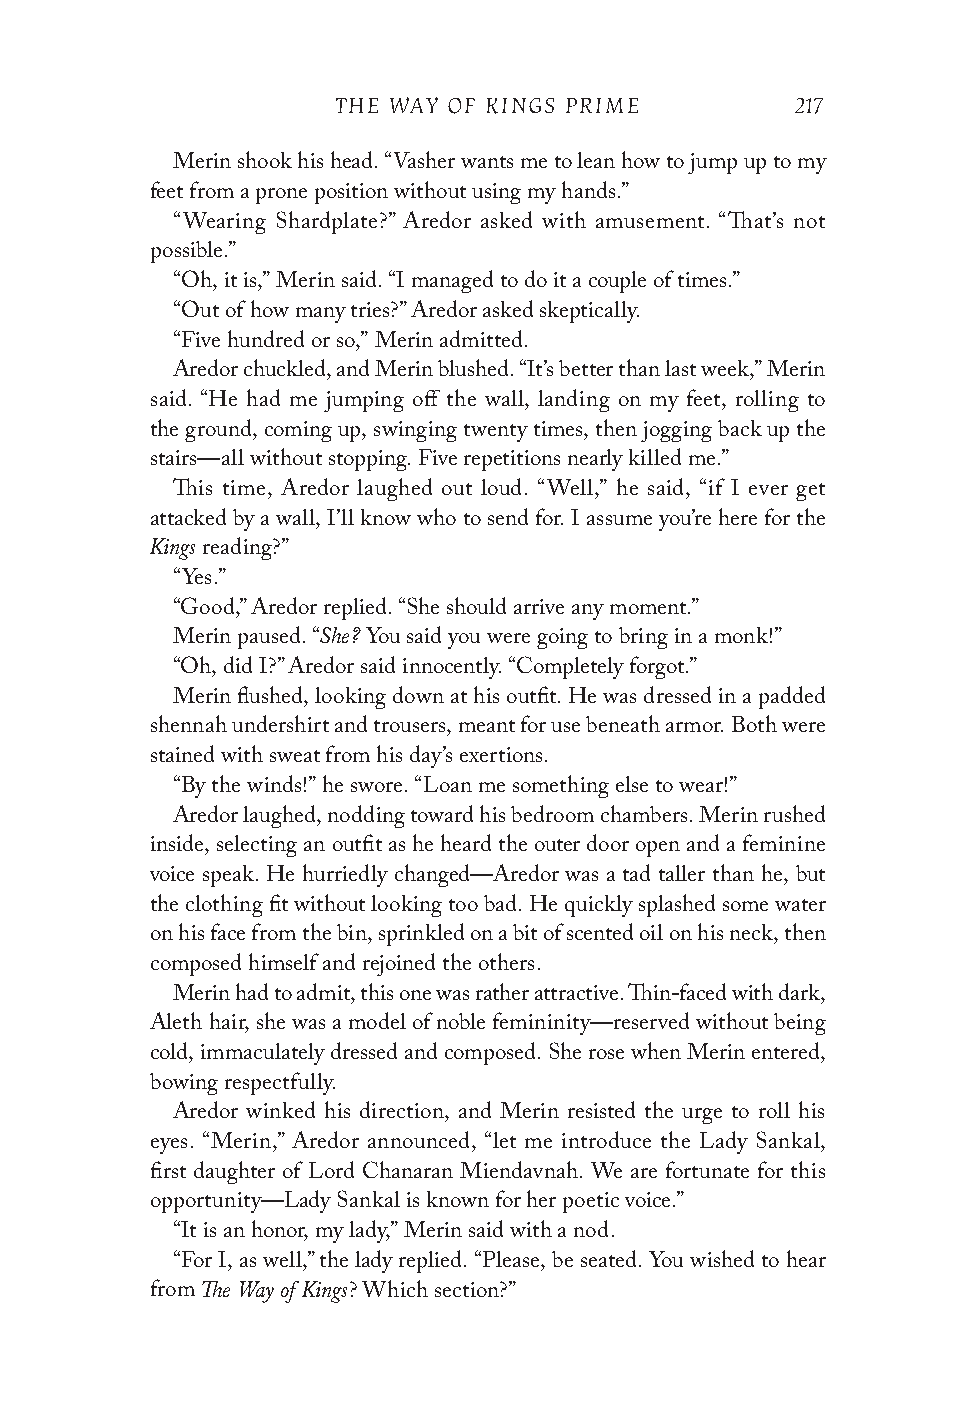
THE WAY OF KINGS PRIME        217
 Merin shook his head. “Vasher wants me to lean how to jump up to my
 feet from a prone position without using my hands.”
 “Wearing Shardplate?” Aredor asked with amusement. “That’s not
 possible.”
 “Oh, it is,” Merin said. “I managed to do it a couple of times.”
 “Out of how many tries?” Aredor asked skeptically.
 “Five hundred or so,” Merin admitted.
 Aredor chuckled, and Merin blushed. “It’s better than last week,” Merin
 said. “He had me jumping off the wall, landing on my feet, rolling to
 the ground, coming up, swinging twenty times, then jogging back up the
 stairs—all without stopping. Five repetitions nearly killed me.”
 This time, Aredor laughed out loud. “Well,” he said, “if I ever get
 attacked by a wall, I’ll know who to send for. I assume you’re here for the
 Kings
 reading?”
 “Yes.”
 “Good,” Aredor replied. “She should arrive any moment.”
 She?
 Merin paused. “ You said you were going to bring in a monk!”
 “Oh, did I?” Aredor said innocently. “Completely forgot.”
 Merin flushed, looking down at his outfit. He was dressed in a padded
 shennah undershirt and trousers, meant for use beneath armor. Both were
 stained with sweat from his day’s exertions.
 “By the winds!” he swore. “Loan me something else to wear!”
 Aredor laughed, nodding toward his bedroom chambers. Merin rushed
 inside, selecting an outfit as he heard the outer door open and a feminine
 voice speak. He hurriedly changed—Aredor was a tad taller than he, but
 the clothing fit without looking too bad. He quickly splashed some water
 on his face from the bin, sprinkled on a bit of scented oil on his neck, then
 composed himself and rejoined the others.
 Merin had to admit, this one was rather attractive. Thin-faced with dark,
 Aleth hair, she was a model of noble femininity—reserved without being
 cold, immaculately dressed and composed. She rose when Merin entered,
 bowing respectfully.
 Aredor winked his direction, and Merin resisted the urge to roll his
 eyes. “Merin,” Aredor announced, “let me introduce the Lady Sankal,
 first daughter of Lord Chanaran Miendavnah. We are fortunate for this
 opportunity—Lady Sankal is known for her poetic voice.”
 “It is an honor, my lady,” Merin said with a nod.
 “For I, as well,” the lady replied. “Please, be seated. You wished to hear
 The Way of Kings
 from         ? Which section?”